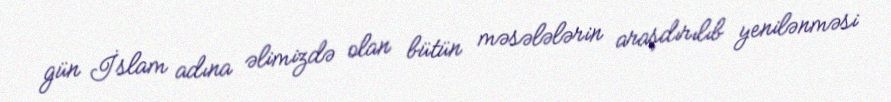
gün İslam adına əlimizdə olan bütün məsələlərin araşdırılıb yenilənməsi